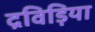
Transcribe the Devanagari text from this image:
द्रविड़िया